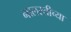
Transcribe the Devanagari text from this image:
नालस्तीच्या